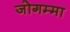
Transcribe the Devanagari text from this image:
जोगम्मा